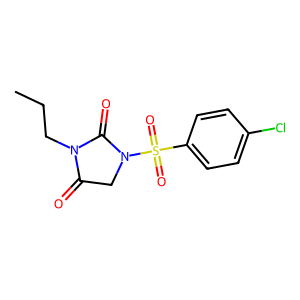
SMILES: CCCN1C(=O)CN(S(=O)(=O)c2ccc(Cl)cc2)C1=O
Inhibits HIV replication: No